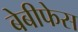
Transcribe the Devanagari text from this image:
बेबीफेस